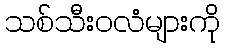
သစ်သီးဝလံများကို